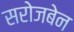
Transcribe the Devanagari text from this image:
सरोजबेन